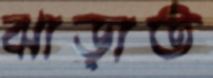
ঝাড়াত